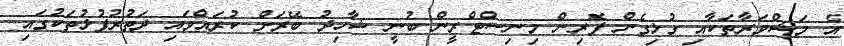
އެ މަޝްވަރާތަކާއި ގުޅިގެން ފޮރިން މިނިސްޓްރީން ބުނީ ޝާހިދު ބޭރަށް ކުރައްވައި ދަތުރުފުޅުތަކުގައި